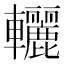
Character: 𨏽